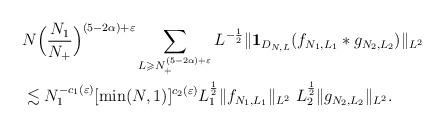
LaTeX: \begin{align*}&N \Big(\frac{N_1}{N_{+}}\Big)^{(5-2\alpha)+\varepsilon} \sum_{L\geqslant N_+^{(5-2\alpha)+\varepsilon}} L^{-\frac{1}{2}} \|\mathbf{1}_{D_{N,L}}(f_{N_1,L_1} \ast g_{N_2,L_2})\|_{L^2} \\ &\lesssim N_1^{-c_1(\varepsilon)} [\min(N, 1)]^{c_2(\varepsilon)} L_1^{\frac{1}{2}}\|f_{N_1,L_1}\|_{L^2}~L_2^{\frac{1}{2}}\|g_{N_2,L_2}\|_{L^2}. \end{align*}